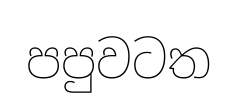
පපුවටත